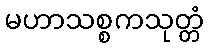
မဟာသစ္စကသုတ္တံ